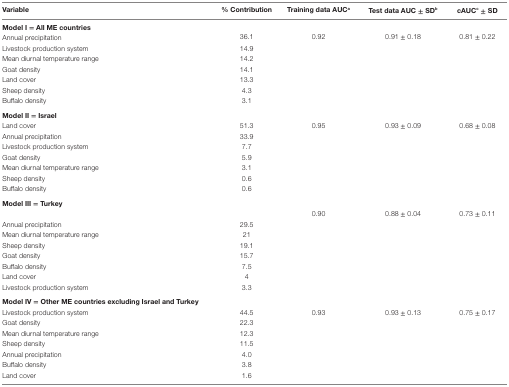
| Variable | % Contribution | Training data AUCa | Test data AUC ± SDb | cAUCc ± SD |
 | --- | --- | --- | --- | --- |
 | <COLSPAN=5> Model I = All ME countries |
 | Annual precipitation | 36.1 | 0.92 | 0.91 ± 0.18 | 0.81 ± 0.22 |
 | Livestock production system | 14.9 |  |  |  |
 | Mean diurnal temperature range | 14.2 |  |  |  |
 | Goat density | 14.1 |  |  |  |
 | Land cover | 13.3 |  |  |  |
 | Sheep density | 4.3 |  |  |  |
 | Buffalo density | 3.1 |  |  |  |
 | <COLSPAN=5> Model II = Israel |
 | Land cover | 51.3 | 0.95 | 0.93 ± 0.09 | 0.68 ± 0.08 |
 | Annual precipitation | 33.9 |  |  |  |
 | Livestock production system | 7.7 |  |  |  |
 | Goat density | 5.9 |  |  |  |
 | Mean diurnal temperature range | 3.1 |  |  |  |
 | Sheep density | 0.6 |  |  |  |
 | Buffalo density | 0.6 |  |  |  |
 | <COLSPAN=4> Model III = Turkey |  |
 |  |  | 0.90 | 0.88 ± 0.04 | 0.73 ± 0.11 |
 | Annual precipitation | 29.5 |  |  |  |
 | Mean diurnal temperature range | 21 |  |  |  |
 | Sheep density | 19.1 |  |  |  |
 | Goat density | 15.7 |  |  |  |
 | Buffalo density | 7.5 |  |  |  |
 | Land cover | 4 |  |  |  |
 | Livestock production system | 3.3 |  |  |  |
 | <COLSPAN=5> Model IV = Other ME countries excluding Israel and Turkey |
 | Livestock production system | 44.5 | 0.93 | 0.93 ± 0.13 | 0.75 ± 0.17 |
 | Goat density | 22.3 |  |  |  |
 | Mean diurnal temperature range | 12.3 |  |  |  |
 | Sheep density | 11.5 |  |  |  |
 | Annual precipitation | 4.0 |  |  |  |
 | Buffalo density | 3.8 |  |  |  |
 | Land cover | 1.6 |  |  |  |